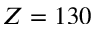
Z = 1 3 0